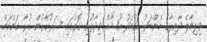
ވިލިމާލެ ދާއިރާގެ މެންބަރު އަހުމަދު އުޝާމް ވިދާޅުވި ގޮތުގައި ސަރުކާރުން ކުރާ ކަންކަން